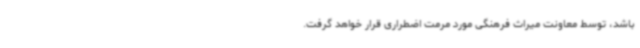
باشد، توسط معاونت میراث فرهنگی مورد مرمت اضطراری قرار خواهد گرفت.